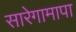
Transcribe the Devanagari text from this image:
सारेगामापा